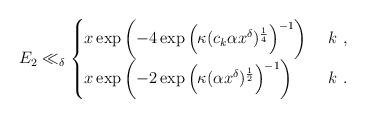
LaTeX: \begin{align*}E_2 \ll_{\delta} \begin{cases}x\exp \left( -4 \exp\left( \kappa (c_k \alpha x^\delta)^{\frac{1}{4}}\right)^{-1}\right)& \ k \ , \\ x \exp \left( -2 \exp\left( \kappa ( \alpha x^\delta)^{\frac{1}{2}}\right)^{-1}\right)& \ k \ .\end{cases}\end{align*}